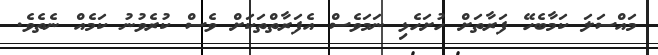
މައްސަލަ ކަމާބެހޭ ފަރާތަށް ހުށަހެޅި ނަމަވެސް އެފަރާތްތަކަށް ވެސް ކުރެވުނު ކަމެއް ނެތެވެ.